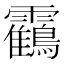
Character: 靍